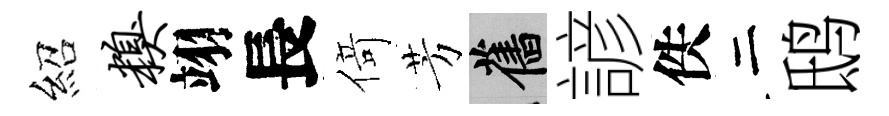
紹糗翊長𠋣芳舊諺佚二鸱